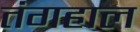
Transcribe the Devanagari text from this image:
तंगहाल